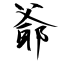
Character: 爺